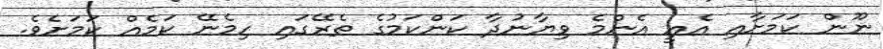
ނޫން ކަމަށާއި އެއީ އެންމެ ވިޔާނުދާ ކަންކަމުގެ ތެރޭގައި ހިމެނޭ ކަމެއް ކަމަށެވެ.